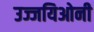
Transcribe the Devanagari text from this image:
उज्जयिओनी